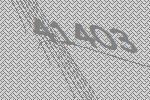
41403